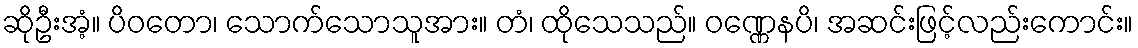
ဆိုဦးအံ့။ ပိဝတော၊ သောက်သောသူအား။ တံ၊ ထိုသေသည်။ ဝဏ္ဏေနပိ၊ အဆင်းဖြင့်လည်းကောင်း။